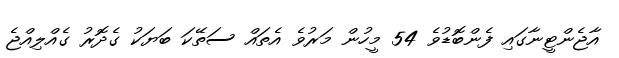
އާޖެންޓީނާގައި ފެންބޮޑުވެ 54 މީހުން މަރުވެ އެތައް ސަތޭކަ ބަޔަކު ގެދޮރު ގެއްލިއްޖެ